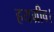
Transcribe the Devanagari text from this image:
हयग्रीव।